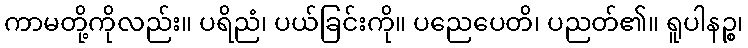
ကာမတို့ကိုလည်း။ ပရိညံ၊ ပယ်ခြင်းကို။ ပညေပေတိ၊ ပညတ်၏။ ရူပါနဉ္စ၊